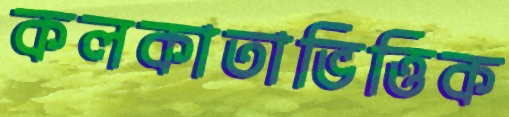
কলকাতাভিত্তিক